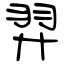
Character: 羿